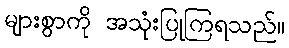
များစွာကို အသုံးပြုကြရသည်။